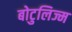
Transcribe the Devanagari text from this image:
बोटुलिज्म